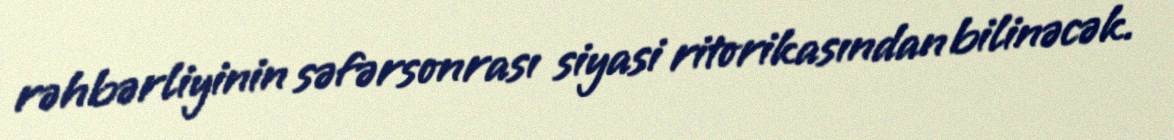
rəhbərliyinin səfərsonrası siyasi ritorikasından bilinəcək.